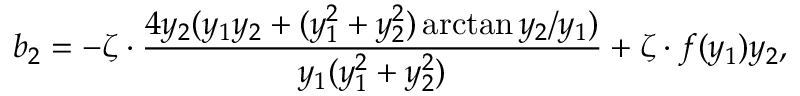
b _ { 2 } = - \zeta \cdot \frac { 4 y _ { 2 } ( y _ { 1 } y _ { 2 } + ( y _ { 1 } ^ { 2 } + y _ { 2 } ^ { 2 } ) \arctan { y _ { 2 } / y _ { 1 } } ) } { y _ { 1 } ( y _ { 1 } ^ { 2 } + y _ { 2 } ^ { 2 } ) } + \zeta \cdot f ( y _ { 1 } ) y _ { 2 } ,